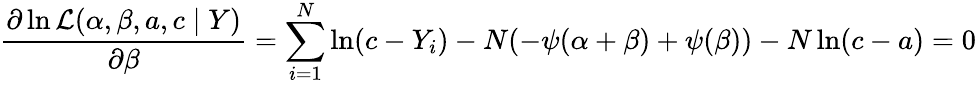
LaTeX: {\frac{\partial\ln{\mathcal{L}}(\alpha,\beta,a,c\mid Y)}{\partial\beta}}=\sum_{i=1}^{N}\ln(c-Y_{i})-N(-\psi(\alpha+\beta)+\psi(\beta))-N\ln(c-a)=0